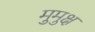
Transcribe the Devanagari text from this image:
मुुमुक्ष